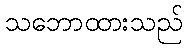
သဘောထားသည်